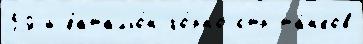
59-й батальо́н го́рно-стр та́нков